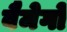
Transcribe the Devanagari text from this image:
वैमेगो